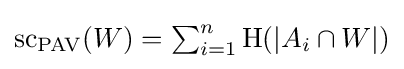
\textstyle \mathrm {sc} _{\mathrm {PAV} }(W)=\sum _{i=1}^{n}\mathrm {H} (|A_{i}\cap W|)